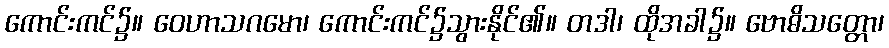
ကောင်းကင်၌။ ဝေဟာသဂမော၊ ကောင်းကင်၌သွားနိုင်၏။ တဒါ၊ ထိုအခါ၌။ ဗောဓိသတ္တော၊